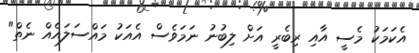
އެކަމަކު މެސީ އާއި ރިބެރީ އަށް ލިބުނު ނަމަވެސް އެއަކު މައްސަލައެއް ނެތް"